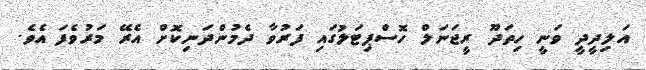
އަލިދީދީ ވަނީ ހިތަދޫ ރީޖަނަލް ހޮސްޕިޓަލުގައި ފަރުވާ ދެމުންދަނިކޮށް އެރޭ މަރުވެފަ އެވެ.